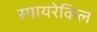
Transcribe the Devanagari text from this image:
स्पायरेकिल